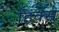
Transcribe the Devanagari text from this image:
हिंक्स